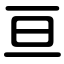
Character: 亘